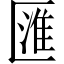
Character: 匯